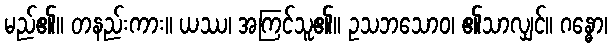
မည်၏။ တနည်းကား။ ယဿ၊ အကြင်သူ၏။ ဥသဘသောဝ၊ ၏သာလျှင်။ ဂန္ဓော၊